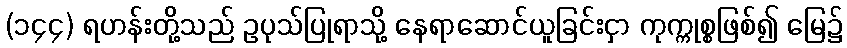
(၁၄၄) ရဟန်းတို့သည် ဥပုသ်ပြုရာသို့ နေရာဆောင်ယူခြင်းငှာ ကုက္ကုစ္စဖြစ်၍ မြေ၌